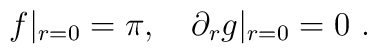
f|_{r=0} = \pi, \ \ \ \partial_r g|_{r=0}=0 \ .